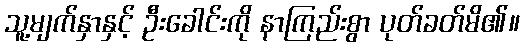
သူ့မျက်နှာနှင့် ဦးခေါင်းကို နာကြည်းစွာ ပုတ်ခတ်မိ၏။